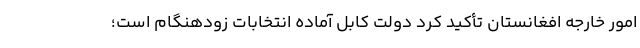
امور خارجه افغانستان تأکید کرد دولت کابل آماده انتخابات زودهنگام است؛